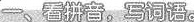
一。看拼音，写词语。